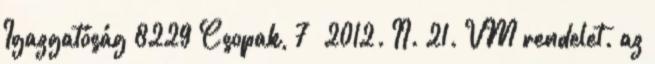
Igazgatóság 8229 Csopak, 7 2012. II. 21. VM rendelet. az